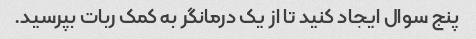
پنج سوال ایجاد کنید تا از یک درمانگر به کمک ربات بپرسید.